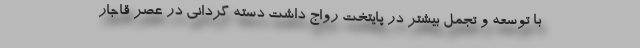
با توسعه و تجمل بیشتر در پایتخت رواج داشت دسته گردانی در عصر قاجار